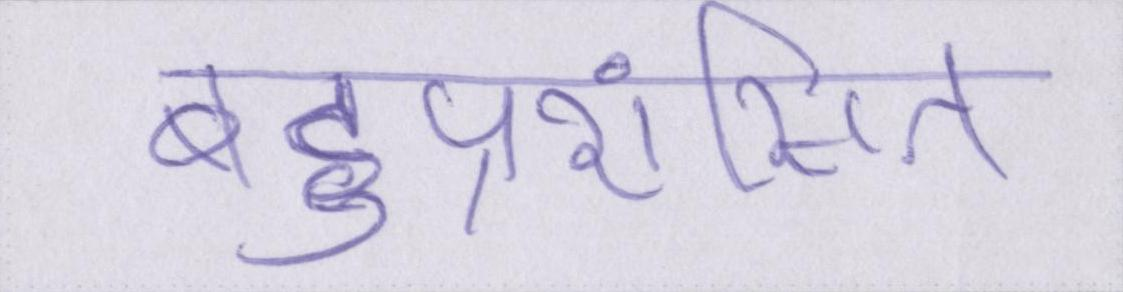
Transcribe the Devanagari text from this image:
बहुप्रशंसित